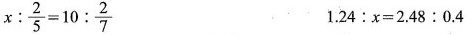
$$x ： \frac{ 2 } { 5 } = 1 0 ： \frac{ 2 } { 7 }$$ $$1 . 2 4 ： x = 2 . 4 8 ： 0 . 4$$